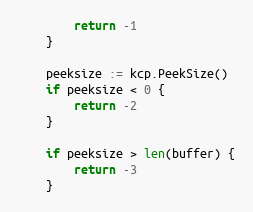
Language: Go
		return -1
	}

	peeksize := kcp.PeekSize()
	if peeksize < 0 {
		return -2
	}

	if peeksize > len(buffer) {
		return -3
	}